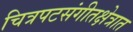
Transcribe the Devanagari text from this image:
चित्रपटसंगीतक्षेत्रात